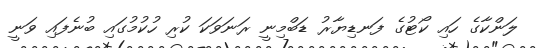
ލަންކާގެ ހައި ކޯޓުގެ ފަނޑިޔާރު ޑަބްމިނީ ރަނަވަކަ ކުރި ހުކުމުގައި ބުނެފައި ވަނީ